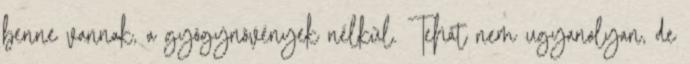
benne vannak, a gyógynövények nélkül. Tehát nem ugyanolyan, de